Relation of titanus [i.e. tetanus] to the hypodermic or intramuscular injection of quinine - Number 43
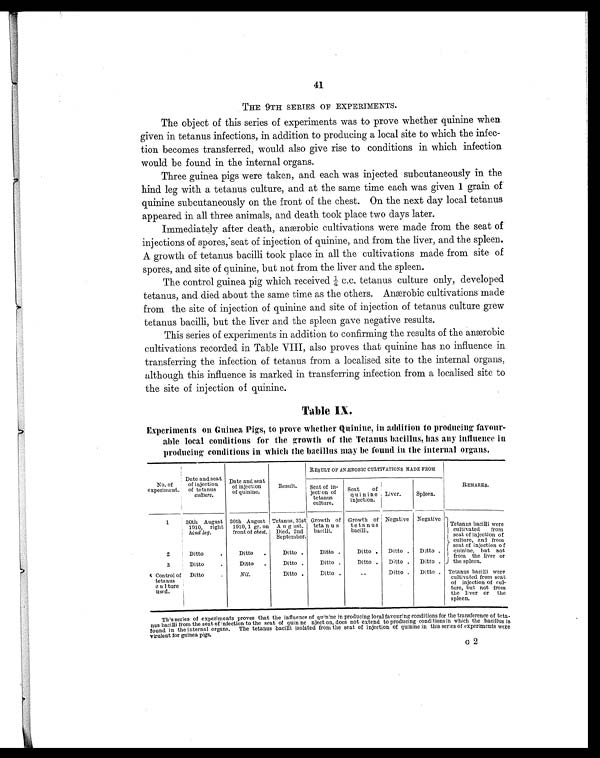
41
THE 9TH SERIES OF EXPERIMENTS.
The object of this series of experiments was to prove whether quinine when
given in tetanus infections, in addition to producing a local site to which the infec-
tion becomes transferred, would also give rise to conditions in which infection
would be found in the internal organs.
Three guinea pigs were taken, and each was injected subcutaneously in the
hind leg with a tetanus culture, and at the same time each was given 1 grain of
quinine subcutaneously on the front of the chest. On the next day local tetanus
appeared in all three animals, and death took place two days later.
Immediately after death, anærobic cultivations were made from the seat of
injections of spores, seat of injection of quinine, and from the liver, and the spleen.
A growth of tetanus bacilli took place in all the cultivations made from site of
spores, and site of quinine, but not from the liver and the spleen.
The control guinea pig which received ¼ c.c. tetanus culture only, developed
tetanus, and died about the same time as the others. Anærobic cultivations made
from the site of injection of quinine and site of injection of tetanus culture grew
tetanus bacilli, but the liver and the spleen gave negative results.
This series of experiments in addition to confirming the results of the anærobic
cultivations recorded in Table VIII, also proves that quinine has no influence in
transferring the infection of tetanus from a localised site to the internal organs,
although this influence is marked in transferring infection from a localised site to
the site of injection of quinine.
Table IX.
Experiments on Guinea Pigs, to prove whether Quinine, in addition to producing favour-
able local conditions for the growth of the Tetanus bacillus, has any influence in
producing conditions in which the bacillus may be found in the internal organs.
No. of
experiment.
Date and seat
of injection
of tetanus
culture.
Date and seat
of injection
of quinine.
Result.
RESULT OF AN ÆROBIC CULTIVATIONS MADE FROM
REMARKS.
Seat of in-
jection of
tetanus
culture.
Seat of
quinine
injection.
Liver.
Spleen.
1
30th August
1910, right
hind leg.
30th August
1910, 1 gr. on
front of chest.
Tetanus, 31st
August.
Died, 2nd
September.
Growth of
tetanus
bacilli.
Growth of
tetanus
bacilli.
Negative Negative Tetanus bacilli were
cultivated from
seat of injection of
culture, and from
seat of injection of
quinine, but not
from the liver or
the spleen.
2
Ditto
.
Ditto .
Ditto .
Ditto .
Ditto . Ditto . Ditto .
3
Ditto .
Ditto .
Ditto .
Ditto .
Ditto . Ditto . Ditto .
4 Control of
tetanus
Cu1ture
used.
Ditt o
.
Nil.
Ditto .
Ditto .
..
Ditto . Ditto . Tetanus bacilli were
cultivated from seat
of injection of cul-
ture, but not from
the liver or the
spleen.
This series of experiments proves that the influence of quinine in producing local favouring conditions for the transference of teta-
nus baci l l i from t he seat of i nfect i on t o t he seat of qui ni ne nj ect i on, does not ext end t o produci ng condi t i ons i n whi ch t he baci l l us i s
found in the internal organs. The tetanus bacilli isolated from the seat of injection of quinine in this series of experiments were
virulent for guinea pigs.
G 2